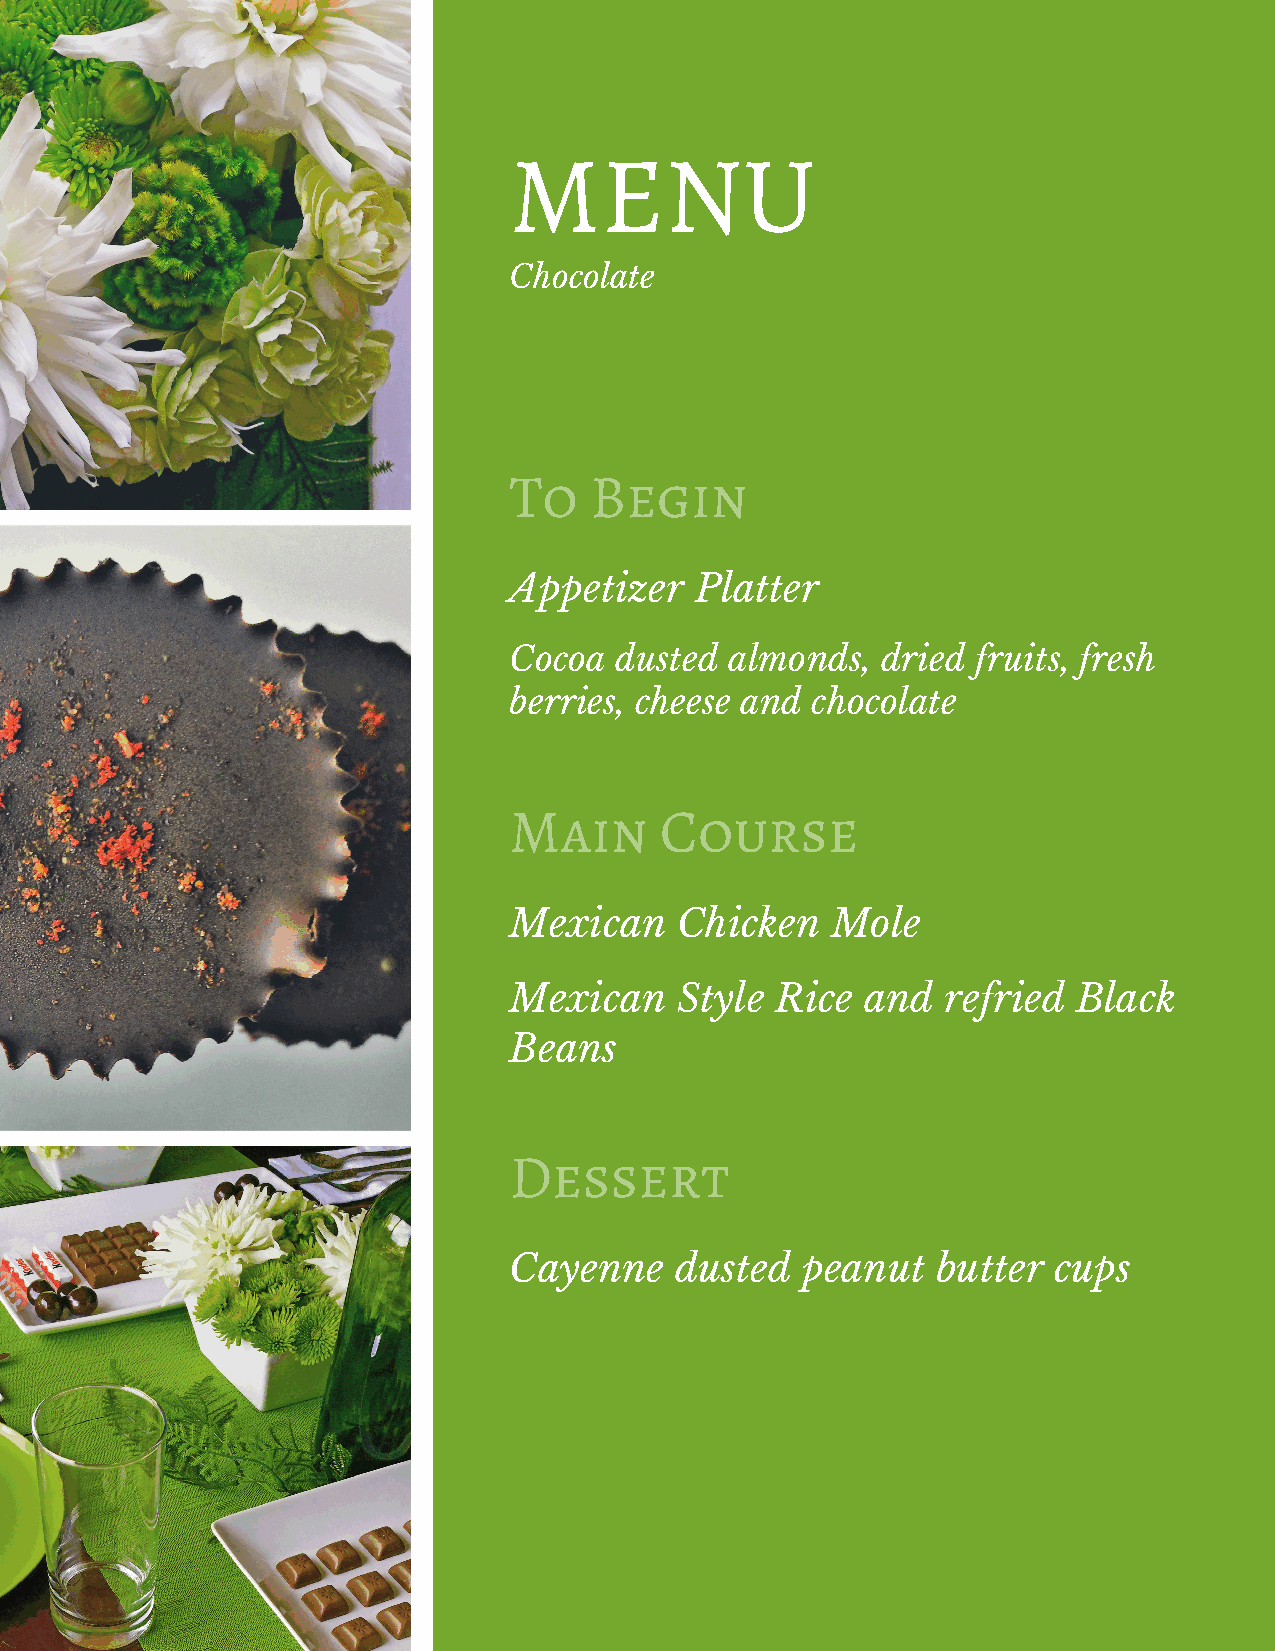
MENU
 Chocolate
 To   Begin
 Appetizer   Platter
 Cocoa  dusted almonds,  dried  fruits, fresh
 berries, cheese and chocolate
 Main      Course
 Mexican    Chicken   Mole
 Mexican    Style Rice  and  refried  Black
 Beans
 Dessert
 Cayenne    dusted  peanut   butter  cups